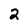
Character: 2